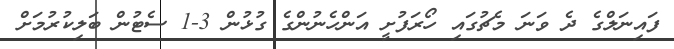
ފައިނަލްގެ ދެ ވަނަ މެޗުގައި ހޯރަފުށީ އަންހެނުންގެ ގުޅުން 3-1 ސެޓުން ބަލިކުރުމަށް